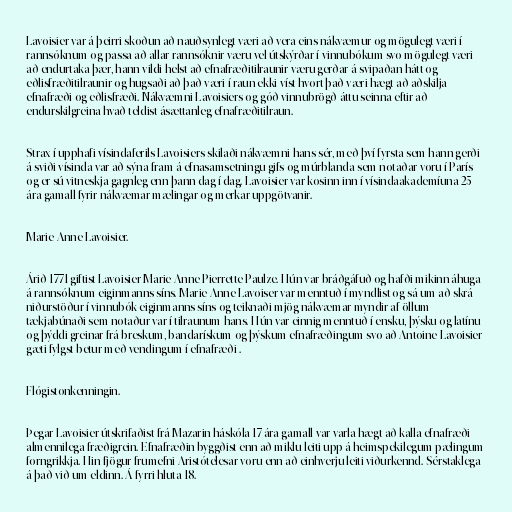
Lavoisier var á þeirri skoðun að nauðsynlegt væri að vera eins nákvæmur og mögulegt væri í
rannsóknum og passa að allar rannsóknir væru vel útskýrðar í vinnubókum svo mögulegt væri
að endurtaka þær, hann vildi helst að efnafræðitilraunir væru gerðar á svipaðan hátt og
eðlisfræðitilraunir og hugsaði að það væri í raun ekki víst hvort það væri hægt að aðskilja
efnafræði og eðlisfræði. Nákvæmni Lavoisiers og góð vinnubrögð áttu seinna eftir að
endurskilgreina hvað teldist ásættanleg efnafræðitilraun.

Strax í upphafi vísindaferils Lavoisiers skilaði nákvæmni hans sér, með því fyrsta sem hann gerði
á sviði vísinda var að sýna fram á efnasamsetningu gifs og múrblanda sem notaðar voru í París
og er sú vitneskja gagnleg enn þann dag í dag. Lavoisier var kosinn inn í vísindaakademíuna 25
ára gamall fyrir nákvæmar mælingar og merkar uppgötvanir.

Marie-Anne Lavoisier.

Árið 1771 giftist Lavoisier Marie-Anne Pierrette Paulze. Hún var bráðgáfuð og hafði mikinn áhuga
á rannsóknum eiginmanns síns. Marie-Anne Lavoiser var menntuð í myndlist og sá um að skrá
niðurstöður í vinnubók eiginmanns síns og teiknaði mjög nákvæmar myndir af öllum
tækjabúnaði sem notaður var í tilraunum hans. Hún var einnig menntuð í ensku, þýsku og latínu
og þýddi greinar frá breskum, bandarískum og þýskum efnafræðingum svo að Antoine Lavoisier
gæti fylgst betur með vendingum í efnafræði .

Flógistonkenningin.

Þegar Lavoisier útskrifaðist frá Mazarin háskóla 17 ára gamall var varla hægt að kalla efnafræði
almennilega fræðigrein. Efnafræðin byggðist enn að miklu leiti upp á heimspekilegum pælingum
forngrikkja. Hin fjögur frumefni Aristótelesar voru enn að einhverju leiti viðurkennd. Sérstaklega
á það við um eldinn. Á fyrri hluta 18.